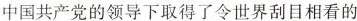
中国共产党的领导下取得了令世界刮目相看的